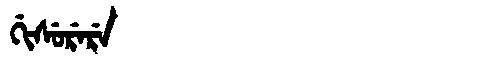
Manchu: ᡤᡳᠰᡠᡵᡝᡵᡝ
Romanization: GISURERE